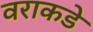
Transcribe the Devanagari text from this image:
वराकडे